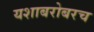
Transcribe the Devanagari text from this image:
यशाबरोबरच